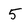
Character: 5